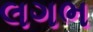
લગભ